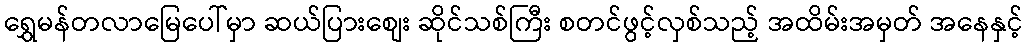
ရွှေမန်တလာမြေပေါ်မှာ ဆယ်ပြားစျေး ဆိုင်သစ်ကြီး စတင်ဖွင့်လှစ်သည့် အထိမ်းအမှတ် အနေနှင့်